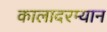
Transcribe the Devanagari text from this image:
कालादरम्यान